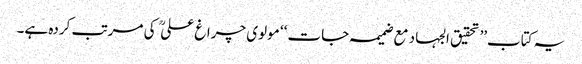
یہ کتاب’’ تحقیق الجہاد مع ضمیمہ جات ‘‘ مولوی چراغ علی  کی مرتب کردہ ہے۔